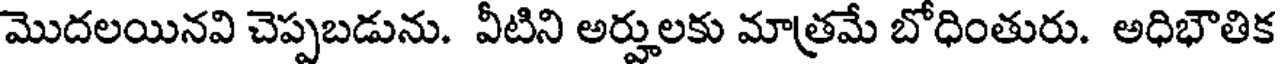
మొదలయినవి చెప్పబడును. వీటిని అర్హులకు మాత్రమే బోధింతురు. అధిభౌతిక